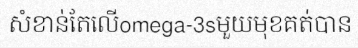
សំខាន់តែលើomega-3sមួយមុខគត់បាន